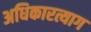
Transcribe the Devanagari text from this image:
अधिकारत्याग